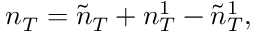
\begin{array} { r } { n _ { T } = \tilde { n } _ { T } + n _ { T } ^ { 1 } - \tilde { n } _ { T } ^ { 1 } , } \end{array}